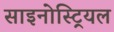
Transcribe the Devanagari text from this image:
साइनोस्ट्रियल